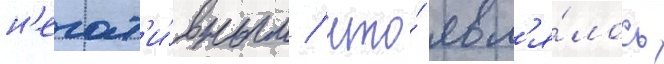
н'егат'и́вным / что́ явл'я́лось